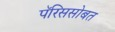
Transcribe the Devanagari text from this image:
पॅरिससोबत